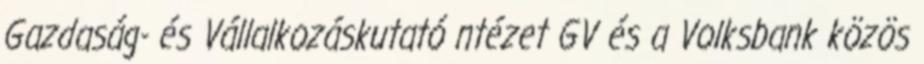
Gazdaság- és Vállalkozáskutató ntézet GV és a Volksbank közös